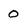
Character: 0